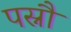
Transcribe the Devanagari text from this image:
पस्नौ